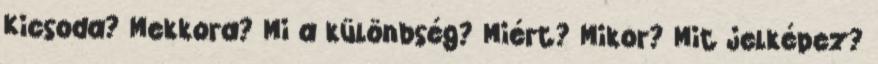
Kicsoda? Mekkora? Mi a különbség? Miért? Mikor? Mit jelképez?